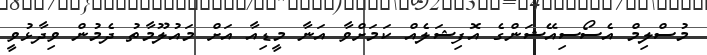
މުސްލިމް އެސޯސިއޭޝަންގެ އޮފިޝަލެއް ކަމަށްވާ އަނާ މީޑިއާ އަށް މައުލޫމާތު ދެމުން ވިދާޅުވީ